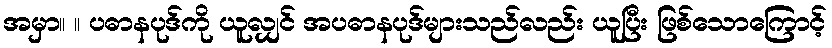
အမှာ။ ။ ပဓာနပုဒ်ကို ယူလျှင် အပဓာနပုဒ်များသည်လည်း ယူပြီး ဖြစ်သောကြောင့်